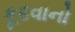
કૂદવાનો